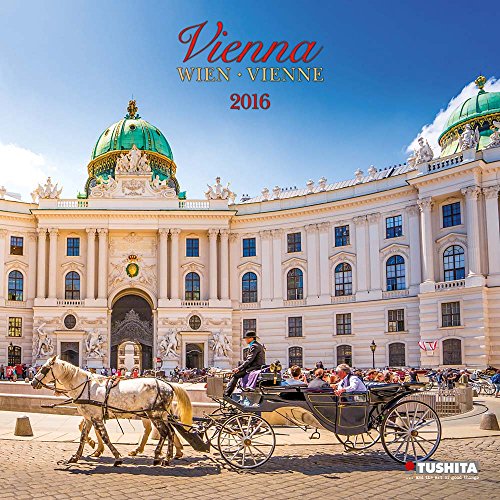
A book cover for Vienna (160361) (English, Spanish, French, Italian and German Edition); Tushita; Travel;